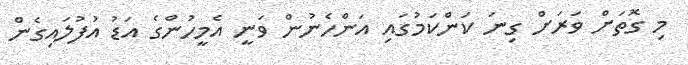
މި ގޮތަށް ވަރަށް ގިނަ ކަންކަމުގައި އަންހެނުން ވަނީ އެމީހުންގެ އަޑު އުފުލައިގެން